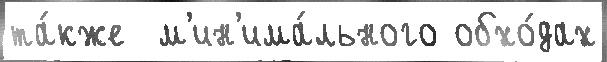
та́кже  м'ин'има́льного обхо́дах